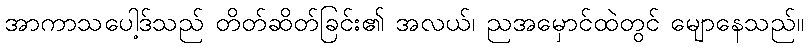
အာကာသပေါ့ဒ်သည် တိတ်ဆိတ်ခြင်း၏ အလယ်၊ ညအမှောင်ထဲတွင် မျောနေသည်။